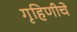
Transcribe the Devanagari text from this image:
गृहिणीचे